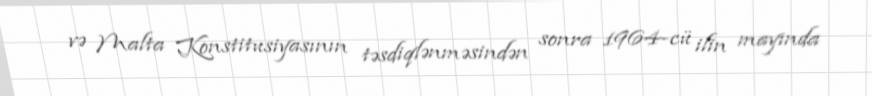
və Malta Konstitusiyasının təsdiqlənməsindən sonra 1964-cü ilin mayında